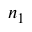
^ { n _ { 1 } }